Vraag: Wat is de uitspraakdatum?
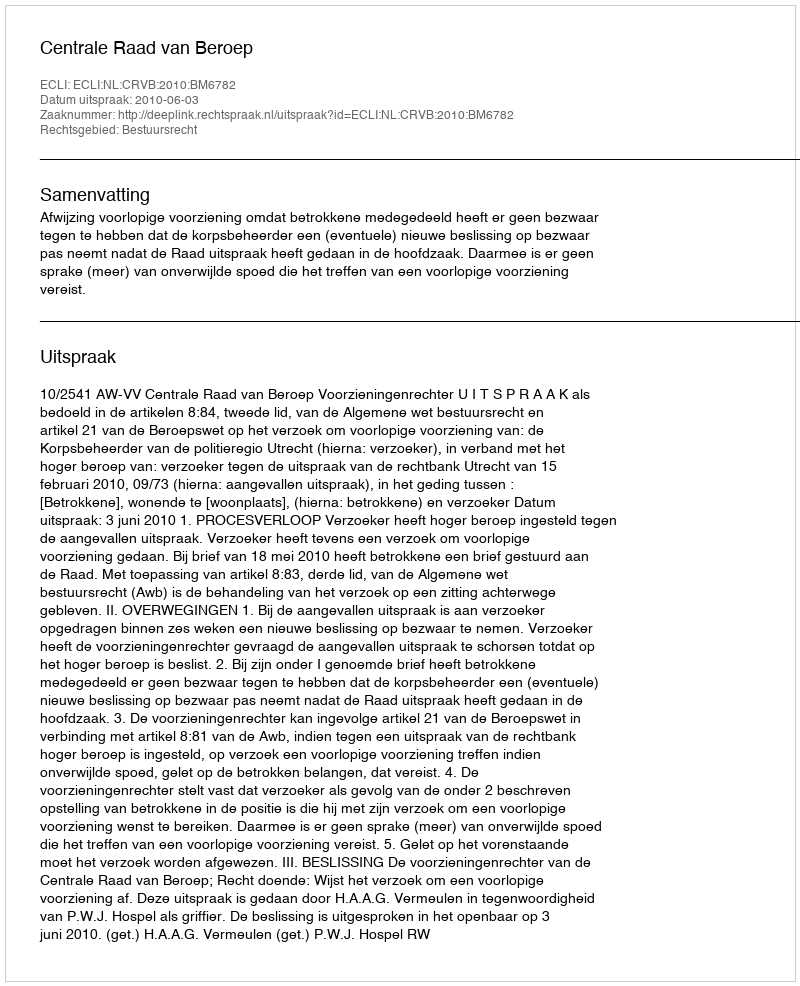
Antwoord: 2010-06-03